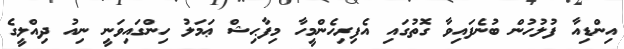
އިންޑިއާ ފުލުހުން ބުނެފައިވާ ގޮތުގައި އެފިރިހެންމީހާ މިފާޙިޝް ޢަމަލު ހިންގައިވަނީ ނިއު ދިއްލީގެ